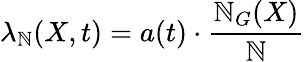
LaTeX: \lambda_{\mathbb{N}}(X,t)=a(t)\cdot\frac{{\mathbb{N}_{G}(X)}}{{\mathbb{N}}}